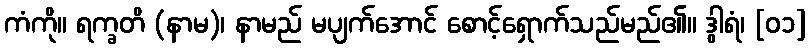
ကံကို။ ရက္ခတိ (နာမ)၊ နာမည် မပျက်အောင် စောင့်ရှောက်သည်မည်၏။ ဒွါရံ၊ [၀၁]